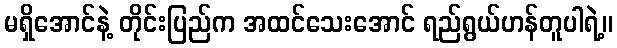
မရှိအောင်နဲ့ တိုင်းပြည်က အထင်သေးအောင် ရည်ရွယ်ဟန်တူပါရဲ့။